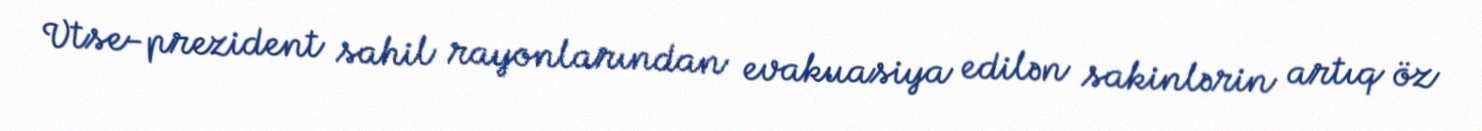
Vtse-prezident sahil rayonlarından evakuasiya edilən sakinlərin artıq öz